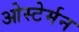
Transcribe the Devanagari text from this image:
ओस्टेर्मन